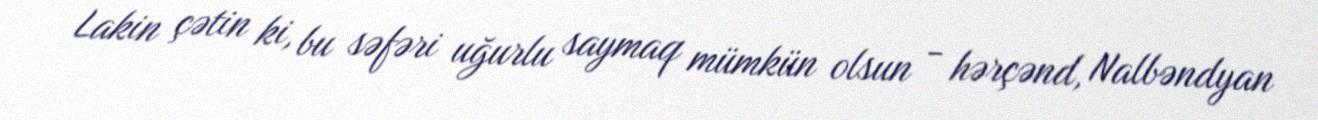
Lakin çətin ki, bu səfəri uğurlu saymaq mümkün olsun - hərçənd, Nalbəndyan